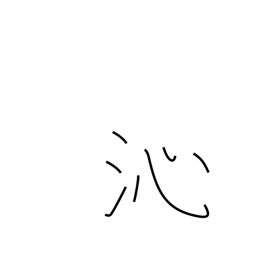
Meaning: penetrate